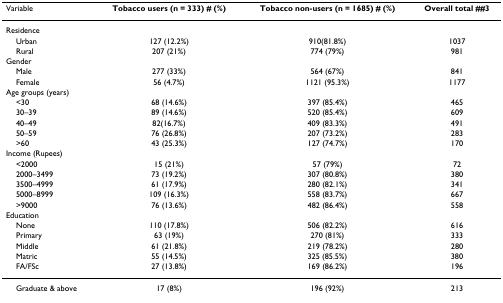
| Variable | Tobacco users (n = 333) # (%) | Tobacco non-users (n = 1685) # (%) | Overall total ##3 |
 | --- | --- | --- | --- |
 | Residence |  |  |  |
 | Urban | 127 (12.2%) | 910(81.8%) | 1037 |
 | Rural | 207 (21%) | 774 (79%) | 981 |
 | Gender |  |  |  |
 | Male | 277 (33%) | 564 (67%) | 841 |
 | Female | 56 (4.7%) | 1121 (95.3%) | 1177 |
 | Age groups (years) |  |  |  |
 | <30 | 68 (14.6%) | 397 (85.4%) | 465 |
 | 30–39 | 89 (14.6%) | 520 (85.4%) | 609 |
 | 40–49 | 82(16.7%) | 409 (83.3%) | 491 |
 | 50–59 | 76 (26.8%) | 207 (73.2%) | 283 |
 | >60 | 43 (25.3%) | 127 (74.7%) | 170 |
 | Income (Rupees) |  |  |  |
 | <2000 | 15 (21%) | 57 (79%) | 72 |
 | 2000–3499 | 73 (19.2%) | 307 (80.8%) | 380 |
 | 3500–4999 | 61 (17.9%) | 280 (82.1%) | 341 |
 | 5000–8999 | 109 (16.3%) | 558 (83.7%) | 667 |
 | >9000 | 76 (13.6%) | 482 (86.4%) | 558 |
 | Education |  |  |  |
 | None | 110 (17.8%) | 506 (82.2%) | 616 |
 | Primary | 63 (19%) | 270 (81%) | 333 |
 | Middle | 61 (21.8%) | 219 (78.2%) | 280 |
 | Matric | 55 (14.5%) | 325 (85.5%) | 380 |
 | FA/FSc | 27 (13.8%) | 169 (86.2%) | 196 |
 | Graduate & above | 17 (8%) | 196 (92%) | 213 |